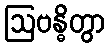
ဩဗန္ဓိတွာ